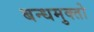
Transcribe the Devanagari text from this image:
बन्धमुक्तो